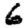
Digit: 6